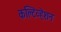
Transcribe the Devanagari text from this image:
कल्टिव्हेशन